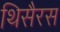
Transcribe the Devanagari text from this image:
थिसैरस